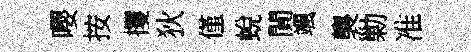
嚶按攫狄僅蛻閴颯襲勦准